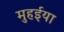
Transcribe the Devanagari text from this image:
मुहईया